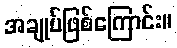
အချုပ်ဖြစ်ကြောင်း။